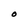
Character: O